Indian journal of veterinary science and animal husbandry - Volumes 18-21, 1948-1951
Year: 1948
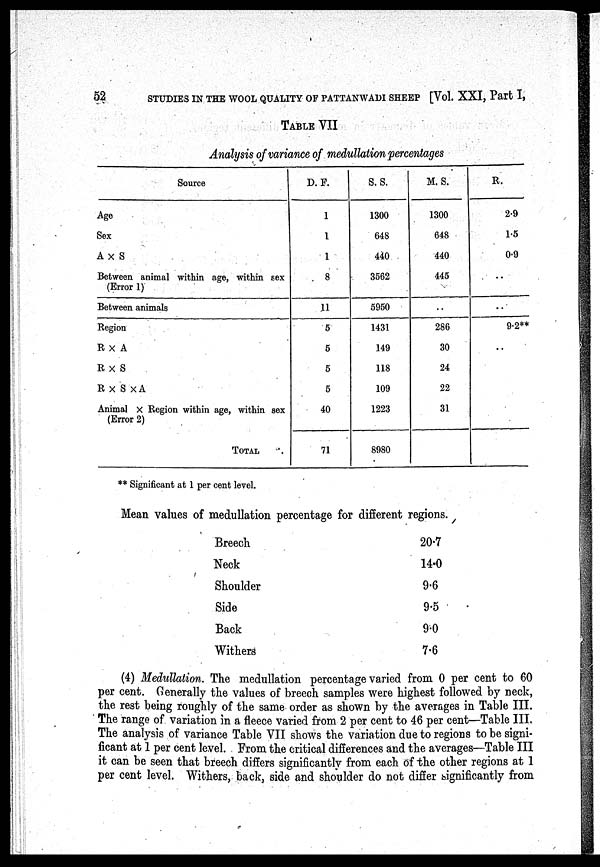
52
STUDIES IN THE WOOL QUALITY OF PATTANWADI SHEEP [Vol. XXI, Part I,
TABLE VII
Analysis of variance of medullation percentages
Source
Age
Sex
A × S
Between animal within age, within sex
(Error 1)
Between animals
Region
R × A
R × S
R × S × A
Animal × Region within age, within sex
(Error 2)
TOTAL
D. F.
1
1
1
8
11
5
5
5
5
40
71
S. S.
1300
648
440
3562
5950
1431
149
118
109
1223
8980
M. S.
1300
648
440
445
..
286
30
24
22
31
R.
2.9
1.5
0.9
..
..
9.2**
..
Significant at 1 per cent level.
Mean values of medullation percentage for different regions.
Breech.
Neck
Shoulder
Side
Back
Withers
20.7
14.0
9.6
9.5
9.0
7.6
(4) Medullation. The medullation percentage varied from 0 per cent to 60
per cent. Generally the values of breech samples were highest followed by neck,
the rest being roughly of the same order as shown by the averages in Table III.
The range of variation in a fleece varied from 2 per cent to 46 per cent—Table III.
The analysis of variance Table VII shows the variation due to regions to be signi-
ficant at 1 per cent level. From the critical differences and the averages—Table III
it can be seen that breech differs significantly from each of the other regions at 1
per cent level. Withers, back, side and shoulder do not differ significantly from